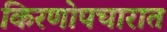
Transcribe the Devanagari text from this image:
किरणोपचारात